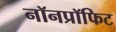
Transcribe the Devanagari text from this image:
नॉनप्रॉफिट